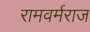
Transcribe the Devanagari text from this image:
रामवर्मराज